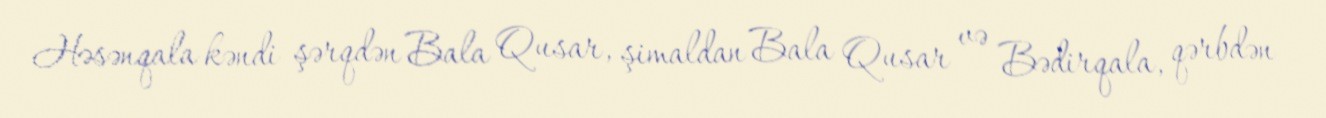
Həsənqala kəndi şərqdən Bala Qusar, şimaldan Bala Qusar və Bədirqala, qərbdən